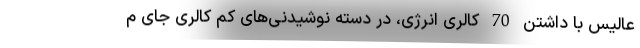
عالیس با داشتن 70 کالری انرژی، در دسته نوشیدنی‌های کم کالری جای م